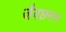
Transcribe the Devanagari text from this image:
जैवछनन